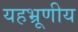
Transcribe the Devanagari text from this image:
यहभ्रूणीय